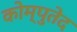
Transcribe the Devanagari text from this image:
कोम्पुतेद